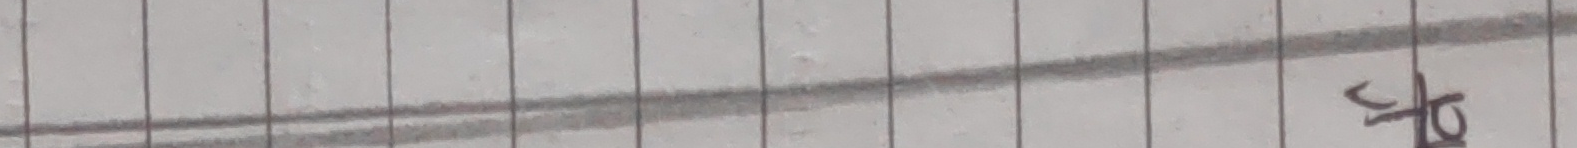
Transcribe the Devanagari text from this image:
उठ